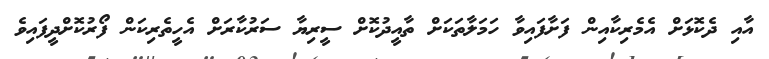
އާއި ދެކޮޅަށް އެމެރިކާއިން ފަށާފައިވާ ހަމަލާތަކަށް ތާއީދުކޮށް ސީރިޔާ ސަރުކާރަށް އެހީތެރިކަން ފޯރުކޮށްދީފައިވެ